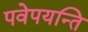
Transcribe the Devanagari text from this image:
पवेपयन्ति